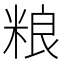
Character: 粮